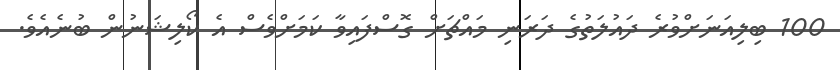
100 ބިލިއަނަށްވުރެ ދައުލަތުގެ ދަރަނި މައްޗަށް ގޮސްފައިވާ ކަމަށްވެސް އެ ކޯލިޝަނުން ބުނެއެވެ.